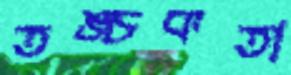
তঙ্চকতা